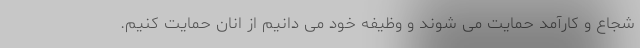
شجاع و کارآمد حمایت می شوند و وظیفه خود می دانیم از انان حمایت کنیم.